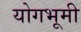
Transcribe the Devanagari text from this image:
योगभूमी